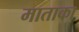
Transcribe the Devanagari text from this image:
माताका